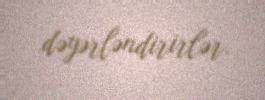
dəyərləndirirlər.